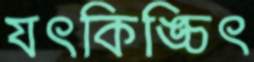
যৎকিঙ্চিৎ